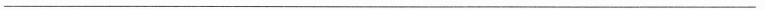
___